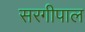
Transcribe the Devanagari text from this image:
सरगीपाल